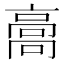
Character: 𩫌